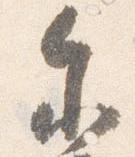
参